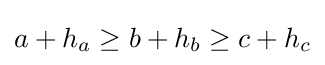
a+h_{a}\geq b+h_{b}\geq c+h_{c}